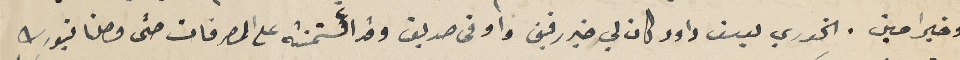
وخير امين. الخوري يوسف داود كان لي خير رفيق واوفى صديق وقد ائتمنته على المصرفات حتى وصلنا نيورك